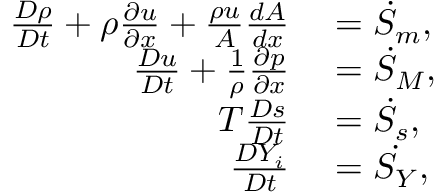
\begin{array} { r l } { \frac { D \rho } { D t } + \rho \frac { \partial u } { \partial x } + \frac { \rho u } { A } \frac { d A } { d x } } & { { } = { \Dot { S } _ { m } } , } \\ { \frac { D u } { D t } + \frac { 1 } { \rho } \frac { \partial p } { \partial x } } & { { } = { \Dot { S } _ { M } } , } \\ { T \frac { D s } { D t } } & { { } = { \Dot { S } _ { s } } , } \\ { \frac { D Y _ { i } } { D t } } & { { } = \Dot { S _ { Y } } , } \end{array}